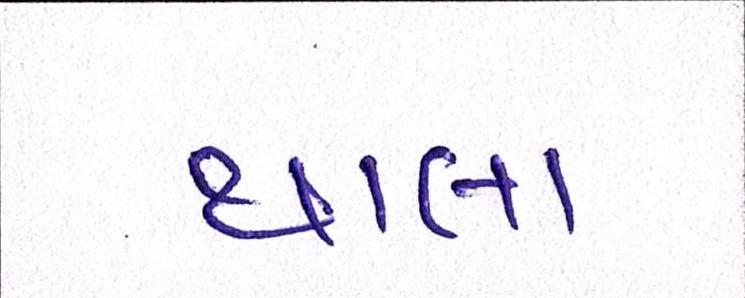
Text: થાલા